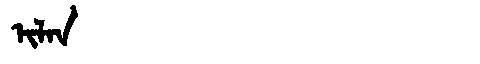
Manchu: ᡳᠯᠠᠨ
Romanization: ILAN